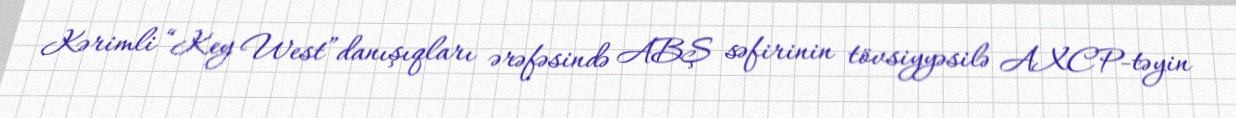
Kərimli “Key West”danışıqları ərəfəsində ABŞ səfirinin tövsiyyəsilə AXCP-təyin